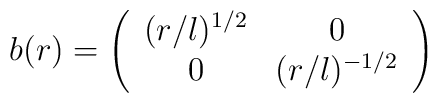
b(r) = \left(\begin{array}{cc}  (r/l)^{1/2} &  0 \\                                            0  &  (r/l)^{-1/2}                   \end{array} \right)